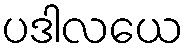
ပဒါလယေ